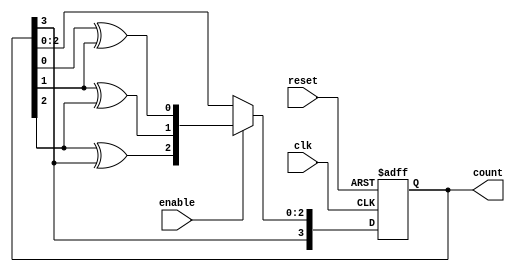
module gray_counter (
    input wire clk,        // Clock input
    input wire reset,      // Reset input
    input wire enable,     // Enable input
    output reg [3:0] count // Gray code output
);

// State variables
reg [3:0] next_count;

always @(posedge clk or posedge reset) begin
    if (reset) begin
        count <= 4'b0000; // Initialize counter to 0 in Gray code
    end else if (enable) begin
        count <= next_count; // Update count with next count
    end
end

always @(*) begin
    next_count = count + 1; // Calculate next count based on current state
    // Gray code conversion logic
    next_count[0] = count[0] ^ count[1];
    next_count[1] = count[1] ^ count[2];
    next_count[2] = count[2] ^ count[3];
    next_count[3] = count[3];
end

endmodule